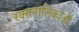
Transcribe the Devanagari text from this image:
रक्तनालिकाओं